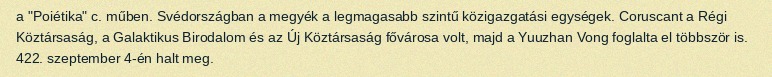
a "Poiétika" c. műben. Svédországban a megyék a legmagasabb szintű közigazgatási egységek. Coruscant a Régi Köztársaság, a Galaktikus Birodalom és az Új Köztársaság fővárosa volt, majd a Yuuzhan Vong foglalta el többször is. 422. szeptember 4-én halt meg.